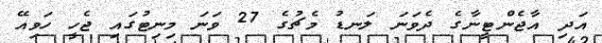
އަދި އާޖެންޓީނާގެ ދެވަނަ ލަނޑު މެޗުގެ 27 ވަނަ މިނިޓުގައި ޖެހީ ހަވިއޭ